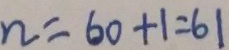
n = 6 0 + 1 = 6 1